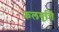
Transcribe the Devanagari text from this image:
फलवृत्ति